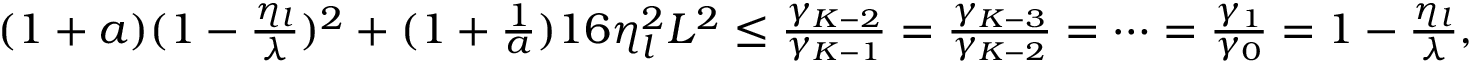
\begin{array} { r } { ( 1 + a ) ( 1 - \frac { \eta _ { l } } { \lambda } ) ^ { 2 } + ( 1 + \frac { 1 } { a } ) 1 6 \eta _ { l } ^ { 2 } L ^ { 2 } \leq \frac { \gamma _ { K - 2 } } { \gamma _ { K - 1 } } = \frac { \gamma _ { K - 3 } } { \gamma _ { K - 2 } } = \cdots = \frac { \gamma _ { 1 } } { \gamma _ { 0 } } = 1 - \frac { \eta _ { l } } { \lambda } , } \end{array}